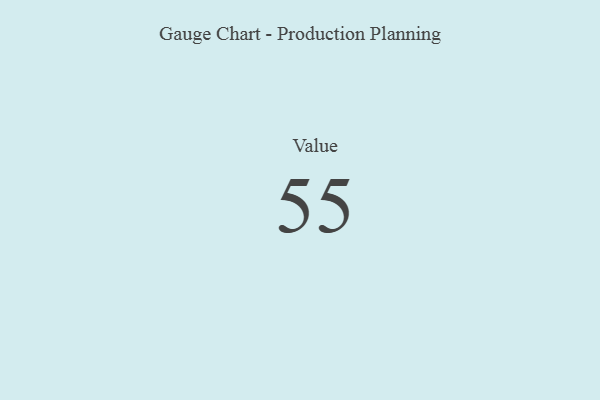
{"axis": {"x": "Metric", "y": "Value"}, "legend": [""], "data": [{"x": "Value", "y": 55, "type": ""}]}